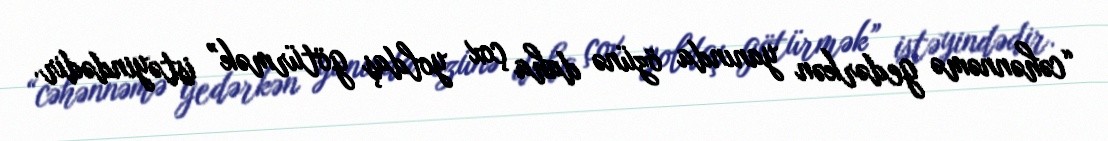
“cəhənnəmə gedərkən yanında özünə daha çox yoldaş götürmək” istəyindədir.